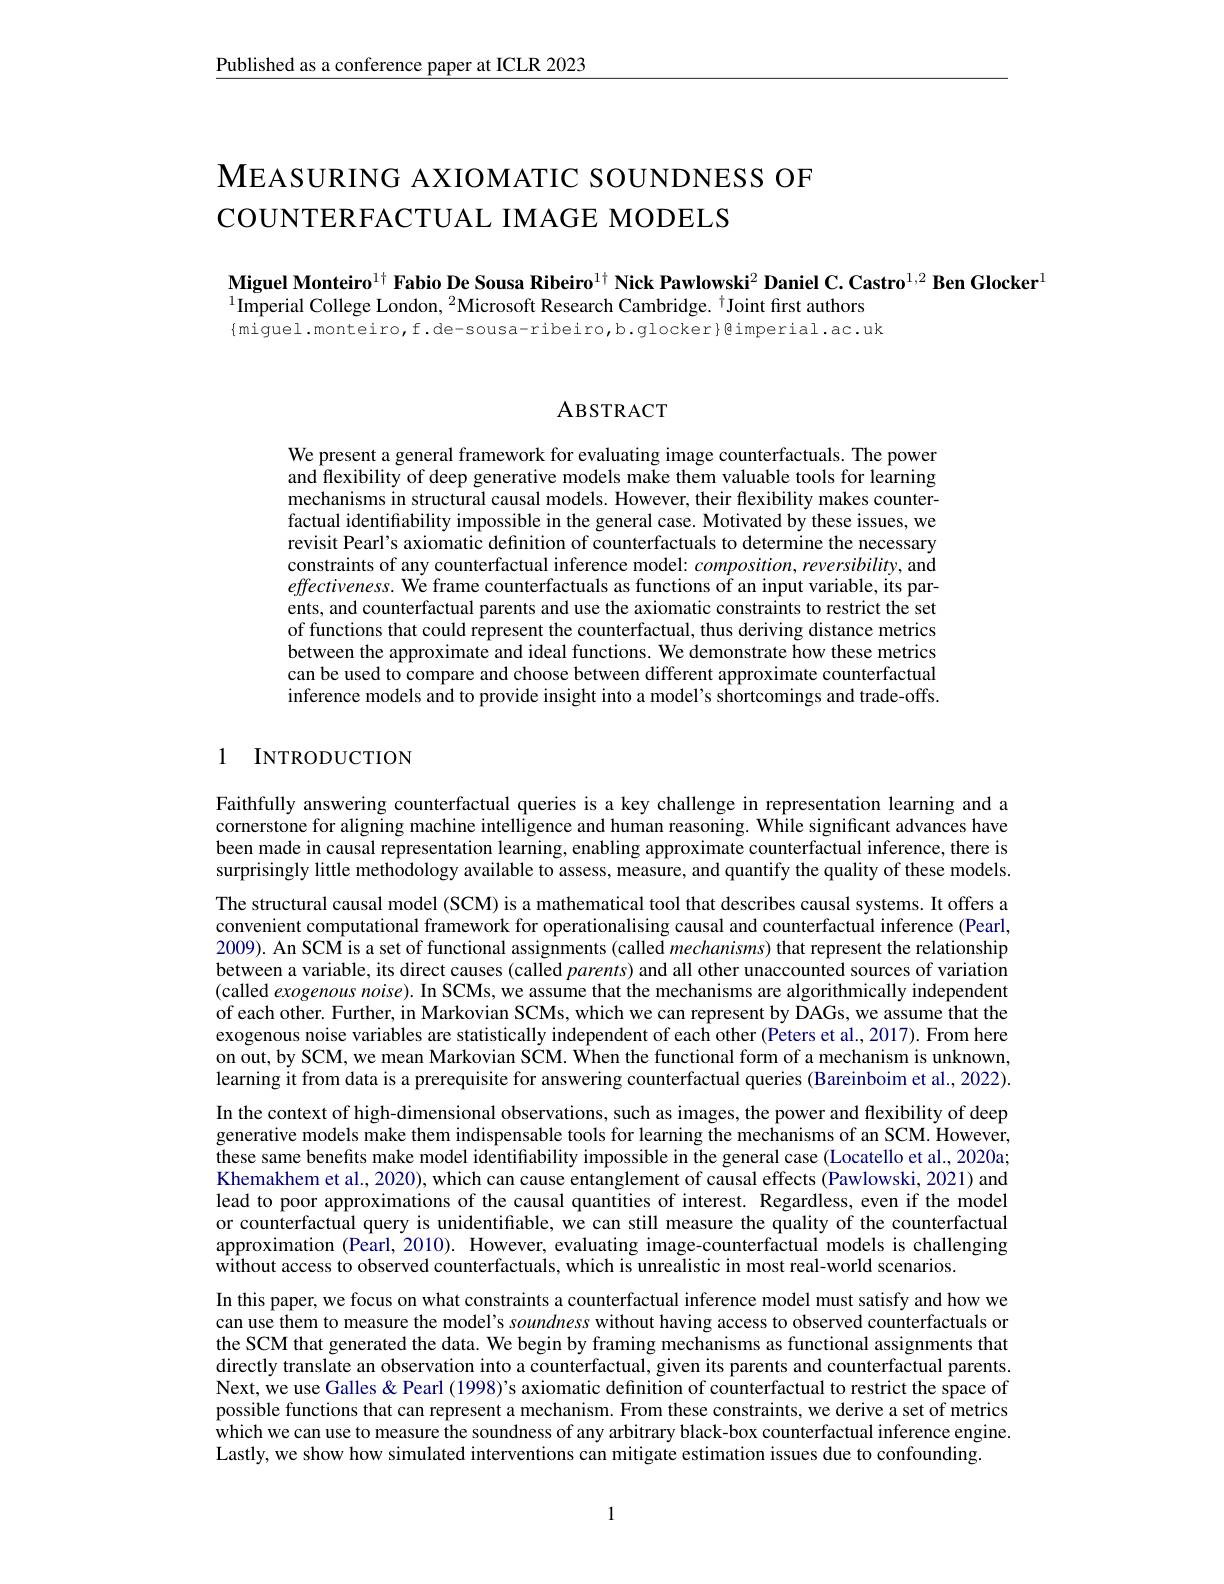
$\underline{\text{Published as a conference paper at ICLR 2023}}$

$\mathbf{M}$EASURING AXIOMATIC SOUNDNESS OF
COUNTERFACTUAL IMAGE MODELS

Miguel Monteiro$^{1\dagger}$ Fabio De Sousa Ribeiro$^{1\dagger}$ Nick Pawlowski$^2\textbf{Daniel C.Castro}^{1,2}\textbf{Ben Glocker}^{1}$
$^{1}$Imperial College London, $^2$Microsoft Research Cambridge.$^\dagger$Joint first authors $\{$miguel.monteiro,f.de-sousa-ribeiro,b.glocker}@imperial.ac.uk

# ABSTRACT

We present a general framework for evaluating image counterfactuals. The power and flexibility of deep generative models make them valuable tools for learning mechanisms in structural causal models. However, their flexibility makes counterfactual identifiability impossible in the general case. Motivated by these issues, we revisit Pearl's axiomatic defnition of counterfactuals to determine the necessary constraints of any counterfactual inference model: $composition,reversibility$, and effectiveness. We frame counterfactuals as functions of an input variable, its parents, and counterfactual parents and use the axiomatic constraints to restrict the set of functions that could represent the counterfactual, thus deriving distance metrics between the approximate and ideal functions. We demonstrate how these metrics can be used to compare and choose between different approximate counterfactual inference models and to provide insight into a model's shortcomings and trade-offs.

# 1 INTRODUCTION

Faithfully answering counterfactual queries is a key challenge in representation learning and a cornerstone for aligning machine intelligence and human reasoning. While significant advances have been made in causal representation learning, enabling approximate counterfactual inference, there is surprisingly little methodology available to assess, measure, and quantify the quality of these models. The structural causal model (SCM) is a mathematical tool that describes causal systems. It offers a convenient computational framework for operationalising causal and counterfactual inference (Pearl, 2009). An SCM is a set of functional assignments (called mechanisms) that represent the relationship between a variable, its direct causes (called parents) and all other unaccounted sources of variation (called exogenous noise).In SCMs, we assume that the mechanisms are algorithmically independent of each other. Further, in Markovian SCMs, which we can represent by DAGs, we assume that the exogenous noise variables are statistically independent of each other (Peters et al., 2017). From here on out, by SCM, we mean Markovian SCM. When the functional form of a mechanism is unknown, learning it from data is a prerequisite for answering counterfactual queries (Bareinboim et al., 2022). In the context of high-dimensional observations, such as images, the power and flexibility of deep generative models make them indispensable tools for learning the mechanisms of an SCM. However, these same benefits make model identifiability impossible in the general case (Locatello et al., 2020a; Khemakhem et al., 2020), which can cause entanglement of causal effects (Pawlowski, 2021) and lead to poor approximations of the causal quantities of interest. Regardless, even if the model or counterfactual query is unidentifiable, we can still measure the quality of the counterfactual approximation (Pearl, 2010). However, evaluating image-counterfactual models is challenging $\hat{\text{without access to observed counterfactuals, which is unrealistic in most real-world scenarios.}}$
In this paper, we focus on what constraints a counterfactual inference model must satisfy and how we can use them to measure the model's soundness without having access to observed counterfactuals or the SCM that generated the data. We begin by framing mechanisms as functional assignments that directly translate an observation into a counterfactual, given its parents and counterfactual parents Next, we use Galles & Pearl (1998)'s axiomatic definition of counterfactual to restrict the space of possible functions that can represent a mechanism. From these constraints, we derive a set of metrics which we can use to measure the soundness of any arbitrary black-box counterfactual inference engine. Lastly, we show how simulated interventions can mitigate estimation issues due to confounding.

1